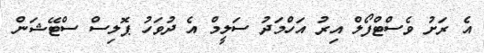
އެ ރަށު ވެސްޓްފޯލް އިރު އަހްމަދު ސަލީމް އެ ދުވަހު ޕޮލިސް ސްޓޭޝަން